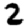
Digit: 2